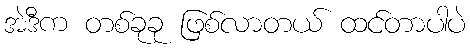
အဲဒီက တစ်ခုခု ဖြစ်လာတယ် ထင်တာပါပဲ